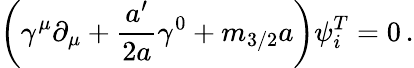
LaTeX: \left(\gamma^{\mu}\partial_{\mu}+\frac{a^{\prime}}{2a}\gamma^{0}+m_{3/2}a\right)\psi_{i}^{T}=0\, .